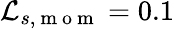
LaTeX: \mathcal{L}_{s,\mathrm{{~m~o~m~}}}=0.1